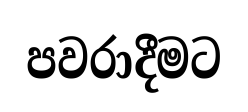
පවරාදීමට